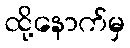
ထို့နောက်မှ